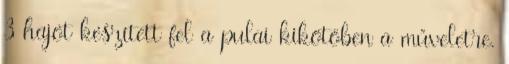
3 hajót készített fel a pulai kikötőben a műveletre.